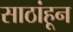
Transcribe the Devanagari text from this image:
साठांहून